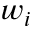
w _ { i }